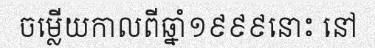
ចម្លើយកាលពីឆ្នាំ១៩៩៩នោះ នៅ